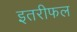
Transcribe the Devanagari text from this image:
इतरीफल